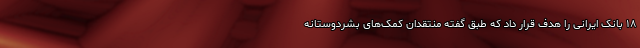
۱۸ بانک ایرانی را هدف قرار داد که طبق گفته منتقدان کمک‌های بشردوستانه